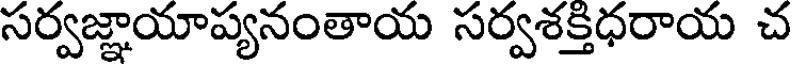
సర్వజ్ఞాయాప్యనంతాయ సర్వశక్తిధరాయ చ